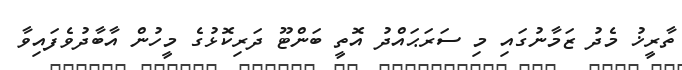
ތާރީޚު މެދު ޒަމާނުގައި މި ސަރަޙައްދު އޮތީ ބަންޓޫ ދަރިކޮޅުގެ މީހުން އާބާދުވެފައިވާ